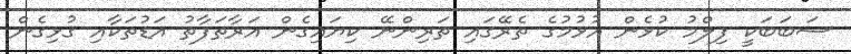
ސަބަބަކީ ފިލްމު ކުޅެން އުޅުމުގެ ތެރޭގައި ތަރިންނޭ ކިޔައިގެން އަރާތަފާތު އަޑުތަކާއި ގުޅިގެން